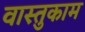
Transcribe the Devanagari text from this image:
वास्तुकाम